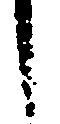
し